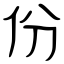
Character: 份